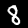
Label: 8